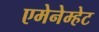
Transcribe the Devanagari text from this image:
एमेनेम्हेट